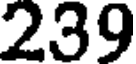
239